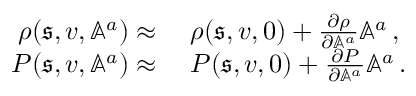
\begin{array} { r l } { \rho ( \mathfrak { s } , v , \mathbb { A } ^ { a } ) \approx { } } & { { } \rho ( \mathfrak { s } , v , 0 ) + \frac { \partial \rho } { \partial \mathbb { A } ^ { a } } \mathbb { A } ^ { a } \, , } \\ { P ( \mathfrak { s } , v , \mathbb { A } ^ { a } ) \approx { } } & { { } P ( \mathfrak { s } , v , 0 ) + \frac { \partial P } { \partial \mathbb { A } ^ { a } } \mathbb { A } ^ { a } \, . } \end{array}